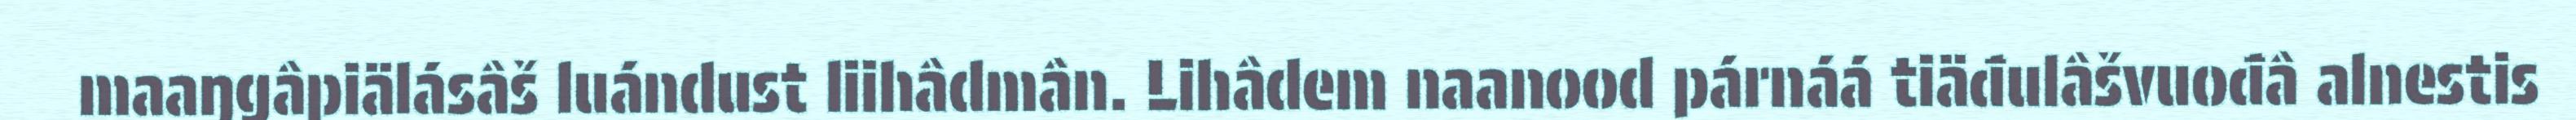
maaŋgâpiälásâš luándust liihâdmân. Lihâdem naanood párnáá tiäđulâšvuođâ alnestis